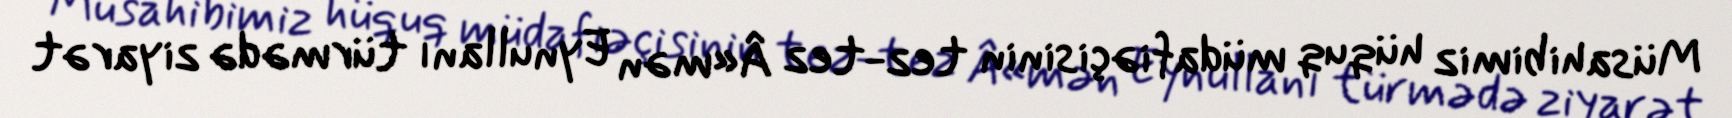
Müsahibimiz hüquq müdafiəçisinin tez-tez Â«mən Eynullanı türmədə ziyarət